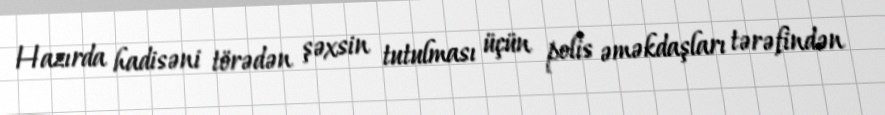
Hazırda hadisəni törədən şəxsin tutulması üçün polis əməkdaşları tərəfindən